Problem: 15 + 22 = ?
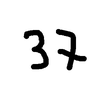
Handwritten answer: 37